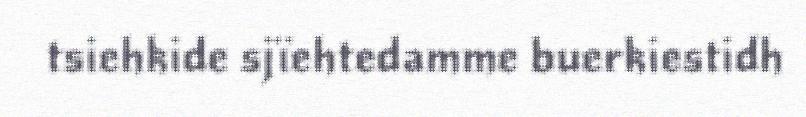
tsiehkide sjïehtedamme buerkiestidh